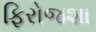
ફિરોજશા